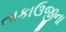
તાકાઉજીના